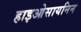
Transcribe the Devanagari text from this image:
हाइओसायनिन